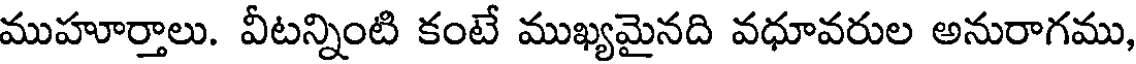
ముహూర్తాలు. వీటన్నింటి కంటే ముఖ్యమైనది వధూవరుల అనురాగము,